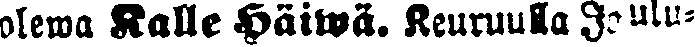
olewa Kalle Häiwä. Keuruulla Joulu-